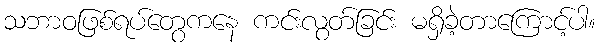
သဘာဝဖြစ်ရပ်တွေကနေ ကင်းလွတ်ခြင်း မရှိခဲ့တာကြောင့်ပါ။